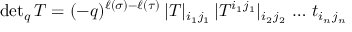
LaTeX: \mathrm { d e t } _ { q } \, T = ( - q ) ^ { \ell ( \sigma ) - \ell ( \tau ) } \, | T | _ { i _ { 1 } j _ { 1 } } \, | T ^ { i _ { 1 } j _ { 1 } } | _ { i _ { 2 } j _ { 2 } } \, \ldots \, t _ { i _ { n } j _ { n } }